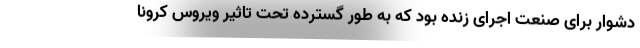
دشوار برای صنعت اجرای زنده بود که به طور گسترده تحت تاثیر ویروس کرونا